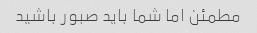
مطمئن اما شما باید صبور باشید